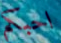
احبكم